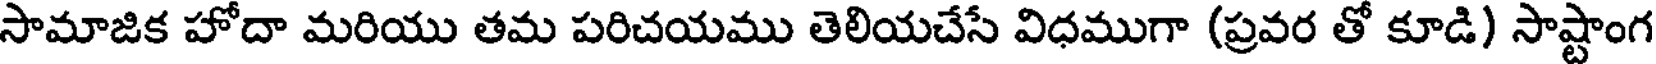
సామాజిక హోదా మరియు తమ పరిచయము తెలియచేసే విధముగా (ప్రవర తో కూడి) సాష్టాంగ